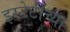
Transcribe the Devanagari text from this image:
इस्टेटींच्या